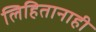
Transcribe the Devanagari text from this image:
लिहितानाही